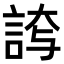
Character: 𮘊